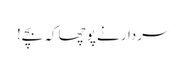
سردار نے پوچھا کہ بچے!